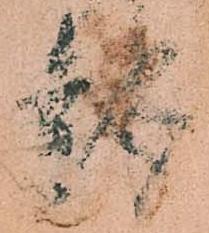
報